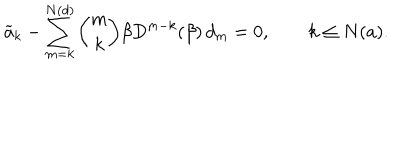
LaTeX: \widetilde a _ { k } - \sum _ { m = k } ^ { N ( d ) } { \binom { m } { k } } \beta D ^ { m - k } ( \beta ) \, d _ { m } = 0 , \qquad k \le N ( a ) .